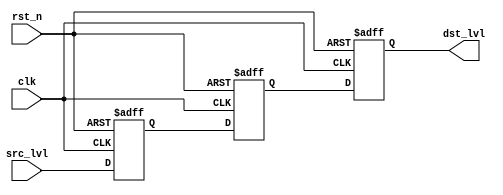
/*Copyright 2020-2021 T-Head Semiconductor Co., Ltd.

Licensed under the Apache License, Version 2.0 (the "License");
you may not use this file except in compliance with the License.
You may obtain a copy of the License at

    http://www.apache.org/licenses/LICENSE-2.0

Unless required by applicable law or agreed to in writing, software
distributed under the License is distributed on an "AS IS" BASIS,
WITHOUT WARRANTIES OR CONDITIONS OF ANY KIND, either express or implied.
See the License for the specific language governing permissions and
limitations under the License.
*/
module aq_dtu_cdc_lvl(
  clk,
  dst_lvl,
  rst_n,
  src_lvl
);

// &Ports; @21
input        clk;    
input        rst_n;  
input        src_lvl; 
output       dst_lvl; 

// &Regs; @22
reg          sync1;  
reg          sync2;  
reg          sync3;  

// &Wires; @23
wire         clk;    
wire         dst_lvl; 
wire         rst_n;  
wire         src_lvl; 


always @(posedge clk or negedge rst_n)
begin
  if(!rst_n)
    begin
      sync1 <= 1'b0;
      sync2 <= 1'b0;
      sync3 <= 1'b0;
    end
  else 
    begin
      sync1 <= src_lvl;
      sync2 <= sync1;  
      sync3 <= sync2;
    end
end
assign dst_lvl = sync3;

// &ModuleEnd; @42
endmodule